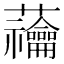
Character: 𧆆